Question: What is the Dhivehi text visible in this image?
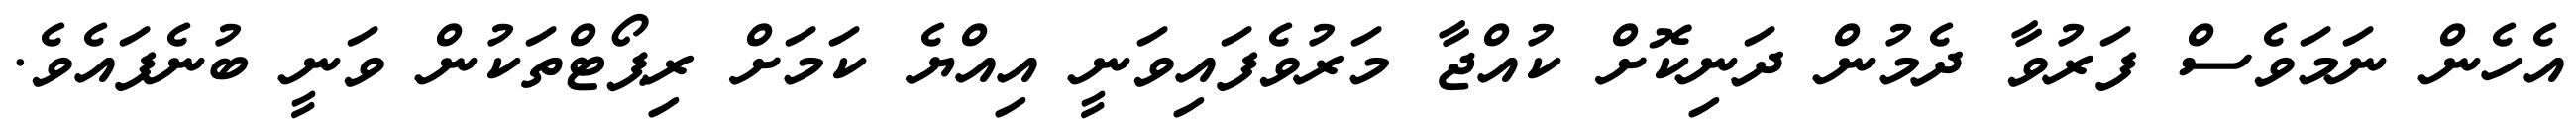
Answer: އެހެން ނަމަވެސް ފަރުވާ ދެމުން ދަނިކޮށް ކުއްޖާ މަރުވެފައިވަނީ އިއްޔެ ކަމަށް ރިޕޯޓްތަކުން ވަނީ ބުނެފައެވެ.